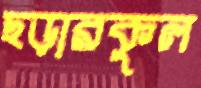
ছড়ারকুল